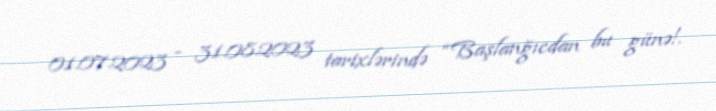
01.07.2023 - 31.08.2023 tarixlərində “Başlanğıcdan bu günə!.